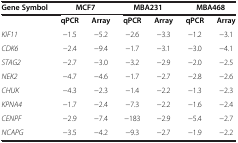
<table><thead><tr><td><b>Gene Symbol</b></td><td colspan="2"><b>MCF7</b></td><td colspan="2"><b>MBA231</b></td><td colspan="2"><b>MBA468</b></td></tr></thead><tbody><tr><td> </td><td><b>qPCR</b></td><td><b>Array</b></td><td><b>qPCR</b></td><td><b>Array</b></td><td><b>qPCR</b></td><td><b>Array</b></td></tr><tr><td><i>KIF11</i></td><td>-1.5</td><td>-5.2</td><td>-2.6</td><td>-3.3</td><td>-1.2</td><td>-3.1</td></tr><tr><td><i>CDK6</i></td><td><i>-</i>2.4</td><td>-9.4</td><td>-1.7</td><td>-3.1</td><td>-3.0</td><td>-4.1</td></tr><tr><td><i>STAG2</i></td><td>-2.7</td><td>-3.0</td><td>-3.2</td><td>-2.9</td><td>-2.0</td><td>-2.5</td></tr><tr><td><i>NEK2</i></td><td>-4.7</td><td>-4.6</td><td>-1.7</td><td>-2.7</td><td>-2.8</td><td>-2.6</td></tr><tr><td><i>CHUK</i></td><td>-4.3</td><td>-2.3</td><td>-1.4</td><td>-2.2</td><td>-1.3</td><td>-2.3</td></tr><tr><td><i>KPNA4</i></td><td>-1.7</td><td>-2.4</td><td>-7.3</td><td>-2.2</td><td>-1.6</td><td>-2.4</td></tr><tr><td><i>CENPF</i></td><td>-2.9</td><td>-7.4</td><td>-183</td><td>-2.9</td><td>-5.4</td><td>-2.7</td></tr><tr><td><i>NCAPG</i></td><td>-3.5</td><td>-4.2</td><td>-9.3</td><td>-2.7</td><td>-1.9</td><td>-2.2</td></tr></tbody></table>